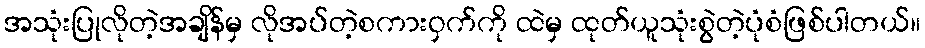
အသုံးပြုလိုတဲ့အချိန်မှ လိုအပ်တဲ့စကားဝှက်ကို ထဲမှ ထုတ်ယူသုံးစွဲတဲ့ပုံစံဖြစ်ပါတယ်။